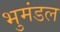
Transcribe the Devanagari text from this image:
भुमंडल